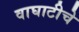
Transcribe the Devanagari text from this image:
वाघाटीचे